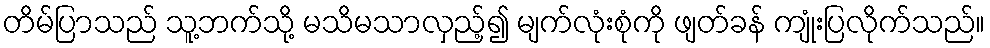
တိမ်ပြာသည် သူ့ဘက်သို့ မသိမသာလှည့်၍ မျက်လုံးစုံကို ဖျတ်ခန် ကျုံးပြလိုက်သည်။